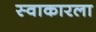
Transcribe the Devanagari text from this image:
स्वाकारला